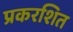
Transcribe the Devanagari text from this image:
प्रकरशित